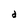
Character: d